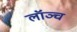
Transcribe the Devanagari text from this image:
लॉञ्च